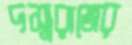
দস্যুরাজের